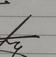
Signature authenticity: genuine